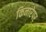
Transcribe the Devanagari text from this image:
किनारेपर